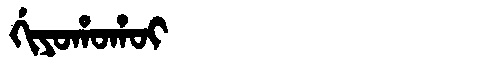
Manchu: ᡤᡳᠶᠣᡥᠣᡥᠣᡳ
Romanization: GIYOHOHOI